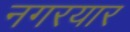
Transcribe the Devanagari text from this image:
नगरयार